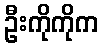
ဦးကိုကိုက